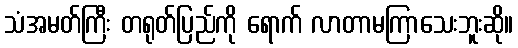
သံအမတ်ကြီး တရုတ်ပြည်ကို ရောက် လာတာမကြာသေးဘူးဆို။